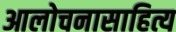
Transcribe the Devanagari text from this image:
आलोचनासाहित्य